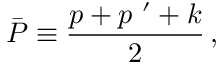
\bar { P } \equiv \frac { p + p ^ { \ \prime } + k } { 2 } \, ,